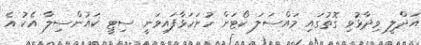
އަދްލީ ވިދާޅުވި ގޮތުގައި މައްސަލަ ކޯޓަށް ހުށަހަޅާފައިވަނީ ސިޓީ ކައުންސިލާ އެކު އެ